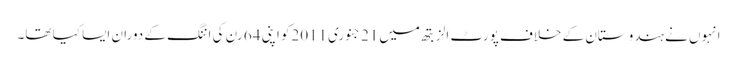
انہوں نے ہندوستان کے خلاف پورٹ الزبتھ میں21 جنوری2011کو اپنی 64 رن کی اننگ کے دوران ایسا کیا تھا۔